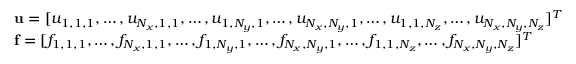
\begin{array} { r l } & { \mathbf { u } = [ u _ { 1 , 1 , 1 } , \dots , u _ { N _ { x } , 1 , 1 } , \dots , u _ { 1 , N _ { y } , 1 } , \dots , u _ { N _ { x } , N _ { y } , 1 } , \dots , u _ { 1 , 1 , N _ { z } } , \dots , u _ { N _ { x } , N _ { y } , N _ { z } } ] ^ { T } } \\ & { \mathbf { f } = [ f _ { 1 , 1 , 1 } , \dots , f _ { N _ { x } , 1 , 1 } , \dots , f _ { 1 , N _ { y } , 1 } , \dots , f _ { N _ { x } , N _ { y } , 1 } , \dots , f _ { 1 , 1 , N _ { z } } , \dots , f _ { N _ { x } , N _ { y } , N _ { z } } ] ^ { T } } \end{array}